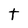
Character: t